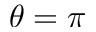
\theta = \pi